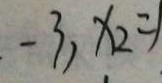
x _ { 1 } = - 3 , x _ { 2 } = 1